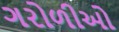
ગરોળીઓ